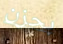
بحزن